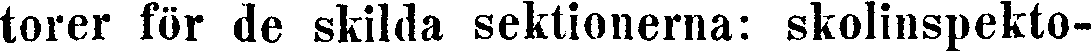
torer för de skilda sektionerna: skolinspekto-